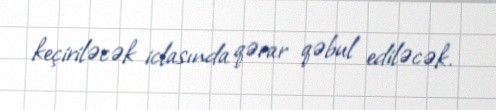
keçiriləcək iclasında qərar qəbul ediləcək.